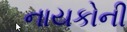
નાયકોની